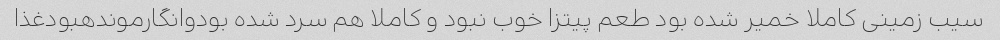
سیب زمینی کاملا خمیر شده بود طعم پیتزا خوب نبود و کاملا هم سرد شده بودوانگارموندهبودغذا